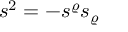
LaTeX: s ^ { 2 } = - s ^ { \varrho } s _ { \varrho } \, \, \/